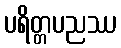
ပရိတ္တပညဿ